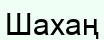
Шахаң